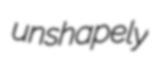
unshapely